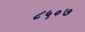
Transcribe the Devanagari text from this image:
८५०७